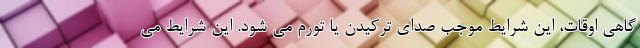
گاهی اوقات، این شرایط موجب صدای ترکیدن یا تورم می شود. این شرایط می